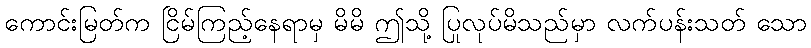
ကောင်းမြတ်က ငြိမ်ကြည့်နေရာမှ မိမိ ဤသို့ ပြုလုပ်မိသည်မှာ လက်ပန်းသတ် သော